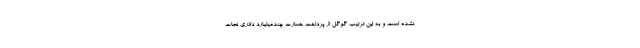
نشده است و به این ترتیب گوگل از پرداخت خسارت چندمیلیارد دلاری نجات